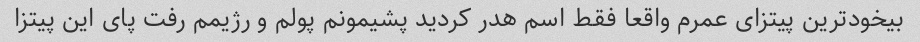
بیخودترین پیتزای عمرم واقعا فقط اسم هدر کردید پشیمونم پولم و رژیمم رفت پای این پیتزا